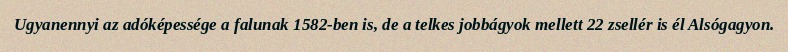
Ugyanennyi az adóképessége a falunak 1582-ben is, de a telkes jobbágyok mellett 22 zsellér is él Alsógagyon.